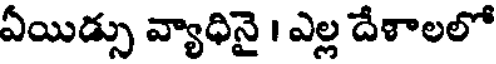
ఏయిడ్సు వ్యాధినై । ఎల్ల దేశాలలో